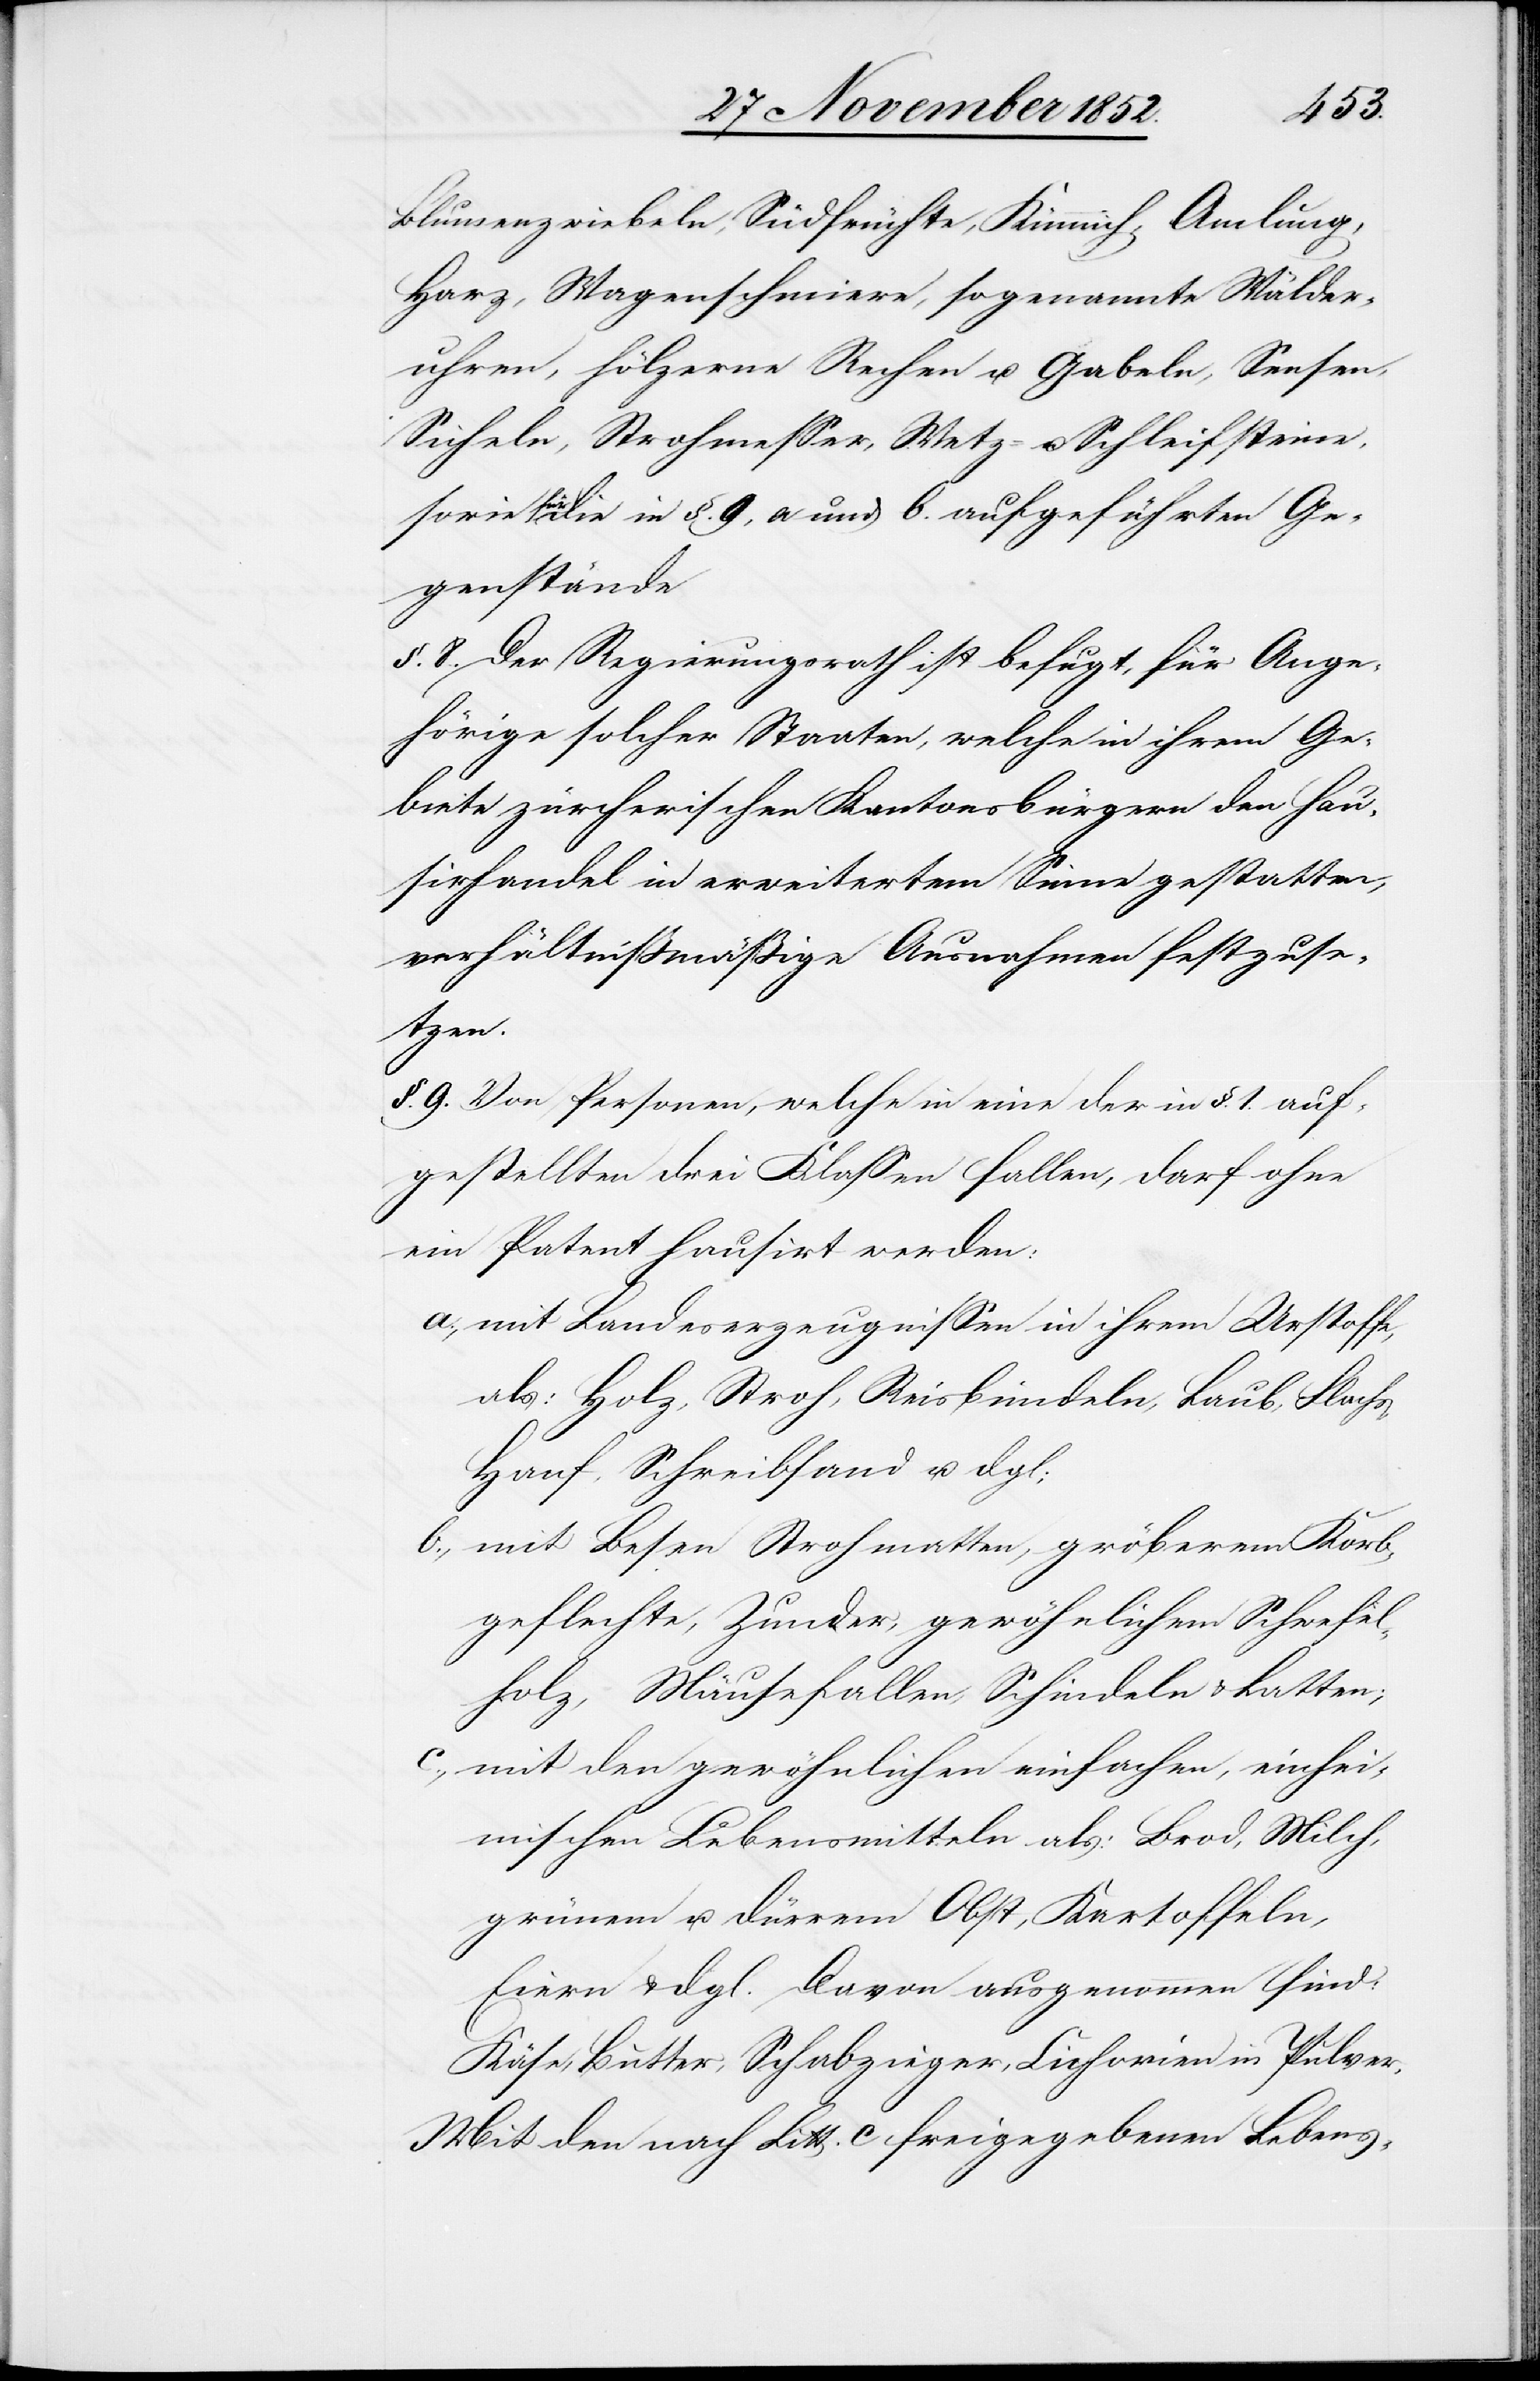
Blumenzwiebeln, Südfrüchte, Kümmich, Amlung,
Harz, Wagenschmiere, sogenannte Wälder¬
uhren, hölzerne Rechen u. Gabeln, Sensen,
Sicheln, Strohmesser, Wetz- u. Schleifsteine,
für die in §. 9, a und b. aufgeführten Ge¬
genstände
§. 8. Der Regierungsrath ist befugt, für Ange¬
hörige solcher Staaten, welche in ihrem Ge¬
biete zürcherischen Kantonsbürgern den Hau¬
sirhandel in erweitertem Sinne gestatten,
verhältnißmäßige Ausnahmen festzuse¬
tzen.
§. 9. Von Personen, welche in eine der in §. 1. auf¬
gestellten drei Klassen fallen, darf ohne
ein Patent hausirt werden:
mit Landeserzeugnissen in ihrem Urstoffe,
als: Holz, Stroh, Reisbündeln, Laub, Flachs,
Hanf, Schreibsand u. dgl;
mit Besen[,] Strohmatten, gröberem Korb¬
geflechte, Zunder, gewöhnlichem Schwefel¬
holz, Mäusefallen, Schindeln & Latten;
mit den gewöhnlichen einfachen, einhei¬
mischen Lebensmitteln als: Brod, Milch,
grünem u. dürrem Obst, Kartoffeln,
Eiern & dgl. Davon ausgenommen sind:
Käse, Butter, Schabzieger, Cichorien in Pulver.
Mit den nach Litt. c freigegebenen Lebens-